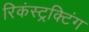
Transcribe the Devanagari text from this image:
रिकंस्ट्रक्टिंग